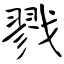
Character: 戮